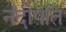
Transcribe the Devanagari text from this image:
नंदीपति